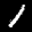
Label: 1